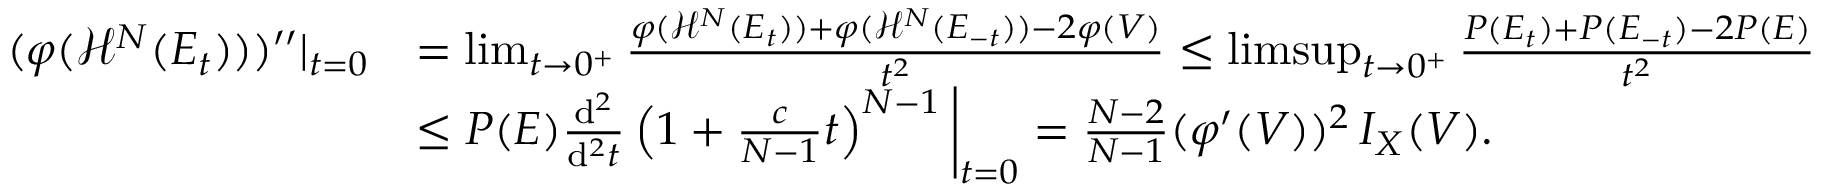
\begin{array} { r l } { ( \varphi ( \mathcal { H } ^ { N } ( E _ { t } ) ) ) ^ { \prime \prime } | _ { t = 0 } } & { = \operatorname* { l i m } _ { t \to 0 ^ { + } } \frac { \varphi ( \mathcal { H } ^ { N } ( E _ { t } ) ) + \varphi ( \mathcal { H } ^ { N } ( E _ { - t } ) ) - 2 \varphi ( V ) } { t ^ { 2 } } \le \operatorname* { l i m s u p } _ { t \to 0 ^ { + } } \frac { P ( E _ { t } ) + P ( E _ { - t } ) - 2 P ( E ) } { t ^ { 2 } } } \\ & { \le P ( E ) \frac { \mathrm { d } ^ { 2 } } { \mathrm { d } ^ { 2 } t } \left( 1 + \frac { c } { N - 1 } t \right) ^ { N - 1 } \bigg | _ { t = 0 } = \frac { N - 2 } { N - 1 } ( \varphi ^ { \prime } ( V ) ) ^ { 2 } \, I _ { X } ( V ) . } \end{array}